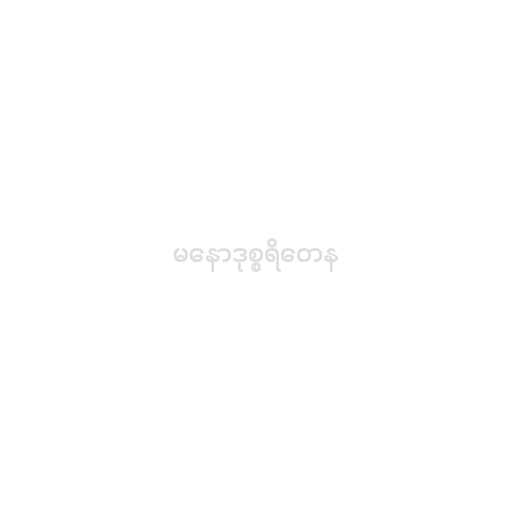
မနောဒုစ္စရိတေန